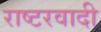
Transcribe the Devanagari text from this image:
राष्टरवादी